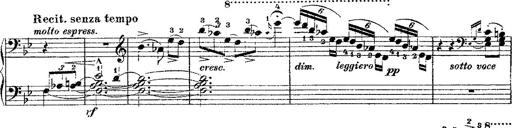
Title: Fantaisie romantique sur deux mÃ©lodies suisses
Composer: Franz Liszt